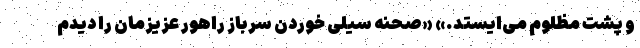
و پشت مظلوم می‌ایستد.» «‌صحنه سیلی خوردن سرباز راهور عزیزمان را دیدم